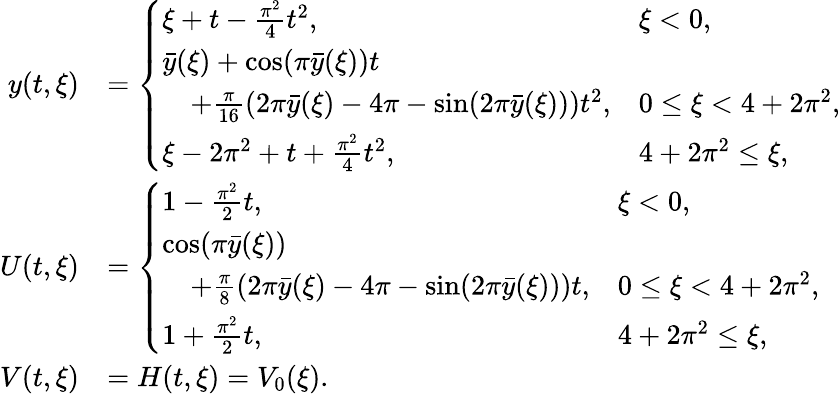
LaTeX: \begin{array}{rl}{y(t,\xi)}&{=\left\{ \begin{array}{ll}{\xi+t-\frac{\pi^{2}}{4}t^{2},}&{\xi<0,}\\ {\bar{y}(\xi)+\cos(\pi\bar{y}(\xi))t}\\ {\quad+\frac{\pi}{16}\left(2\pi\bar{y}(\xi)-4\pi-\sin(2\pi\bar{y}(\xi))\right)t^{2},}&{0\leq\xi<4+2\pi^{2},}\\ {\xi-2\pi^{2}+t+\frac{\pi^{2}}{4}t^{2},}&{4+2\pi^{2}\leq\xi,}\end{array}\right.}\\ {U(t,\xi)}&{=\left\{ \begin{array}{ll}{1-\frac{\pi^{2}}{2}t,}&{\xi<0,}\\ {\cos(\pi\bar{y}(\xi))}\\ {\quad+\frac{\pi}{8}\left(2\pi\bar{y}(\xi)-4\pi-\sin(2\pi\bar{y}(\xi))\right)t,}&{0\leq\xi<4+2\pi^{2},}\\ {1+\frac{\pi^{2}}{2}t,}&{4+2\pi^{2}\leq\xi,}\end{array}\right.}\\ {V(t,\xi)}&{=H(t,\xi)=V_{0}(\xi).}\end{array}